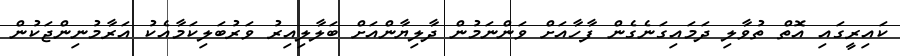
ކައިރީގައި އޮތް ތުވާލި ދަމައިގަނެގެން ފާހާއަށް ވަންނަމުން ދާލިޔާންއަށް ބަލާލިއިރު ވަރުބަލިކަމާއެކު އަރާމުނިންޖަކުން